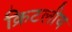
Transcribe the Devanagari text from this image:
क्रिटलीय